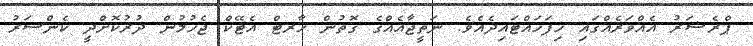
ޕްރެޝަރު އެއްވަރެއްގައި ހިފަހައްޓައިދެއެވެ. ނަތީޖާއެއްގެ ގޮތުން ހާރޓް އެޓޭކް ޖެހުމުން ދުރުކޮށްދީ ކެންސަރު